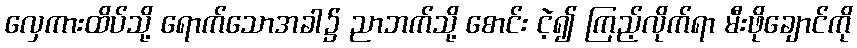
လှေကားထိပ်သို့ ရောက်သောအခါ၌ ညာဘက်သို့ စောင်း ငဲ့၍ ကြည့်လိုက်ရာ မီးဖိုချောင်ကို